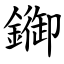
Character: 䥏